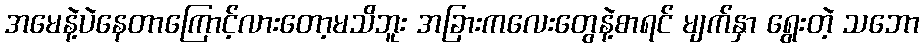
အမေနဲ့ပဲနေတာကြောင့်လားတော့မသိဘူး အခြားကလေးတွေနဲ့စာရင် မျက်နှာ ရွေးတဲ့ သဘော